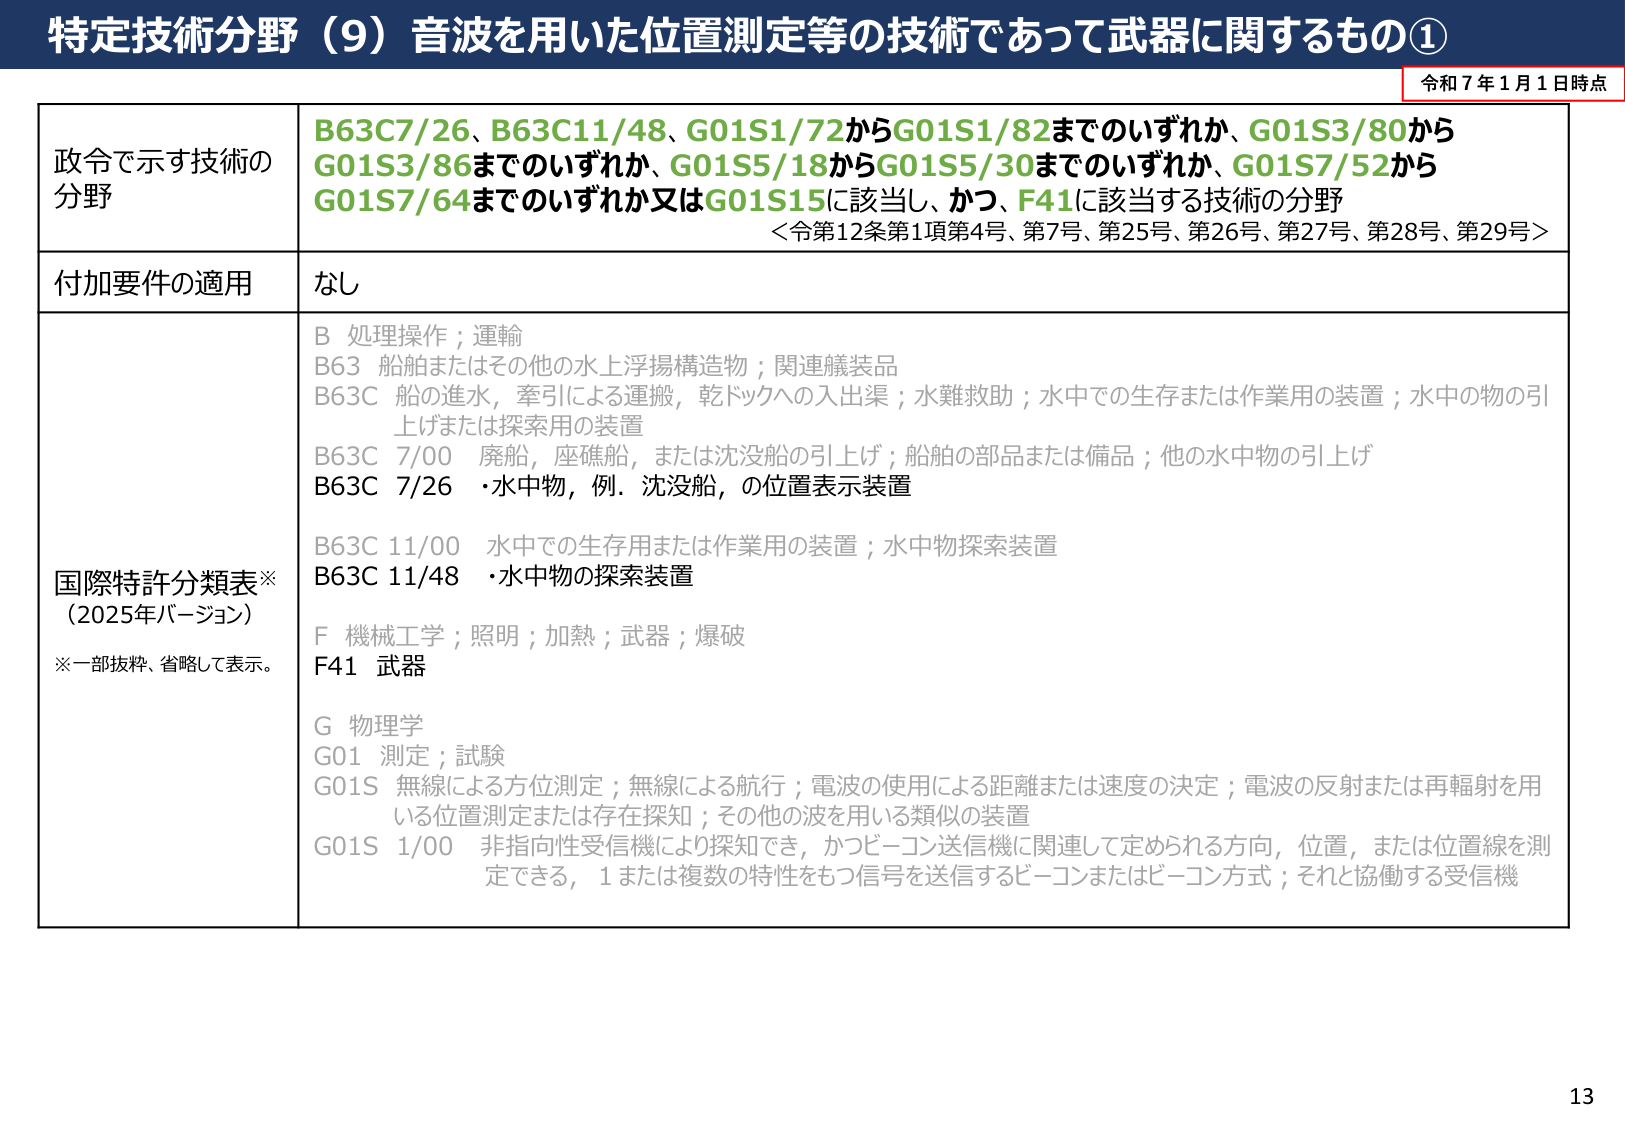
特定技術分野（9）音波を用いた位置測定等の技術であって武器に関するもの①

令和7年1月1日時点

政令で示す技術の分野
B63C7/26、B63C11/48、G01S1/72からG01S1/82までのいずれか、G01S3/80からG01S3/86までのいずれか、G01S5/18からG01S5/30までのいずれか、G01S7/52からG01S7/64までのいずれか又はG01S15に該当し、かつ、F41に該当する技術の分野
＜令第12条第1項第4号、第7号、第25号、第26号、第27号、第28号、第29号＞

付加要件の適用
なし

国際特許分類表※
（2025年バージョン）
※一部抜粋、省略して表示。

B 処理操作；運輸
B63 船舶またはその他の水上浮揚構造物；関連艤装品
B63C 船の進水，牽引による運搬，乾ドックへの入出渠；水難救助；水中での生存または作業用の装置；水中の物の引上げまたは探索用の装置
B63C 7/00 廃船，座礁船，または沈没船の引上げ；船舶の部品または備品；他の水中物の引上げ
B63C 7/26 ・水中物，例．沈没船，の位置表示装置

B63C 11/00 水中での生存用または作業用の装置；水中物探索装置
B63C 11/48 ・水中物の探索装置

F 機械工学；照明；加熱；武器；爆破
F41 武器

G 物理学
G01 測定；試験
G01S 無線による方位測定；無線による航行；電波の使用による距離または速度の決定；電波の反射または再輻射を用いる位置測定または存在探知；その他の波を用いる類似の装置
G01S 1/00 非指向性受信機により探知でき，かつビーコン送信機に関連して定められる方向，位置，または位置線を測定できる，1または複数の特性をもつ信号を送信するビーコンまたはビーコン方式；それと協働する受信機

13